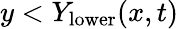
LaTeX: y<Y_{\mathrm{lower}}(x,t)